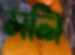
মলি